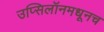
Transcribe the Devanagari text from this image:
उप्सिलॉनमधूनच